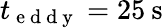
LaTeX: t_{\mathrm{~e~d~d~y~}}=25\: \mathrm{s}